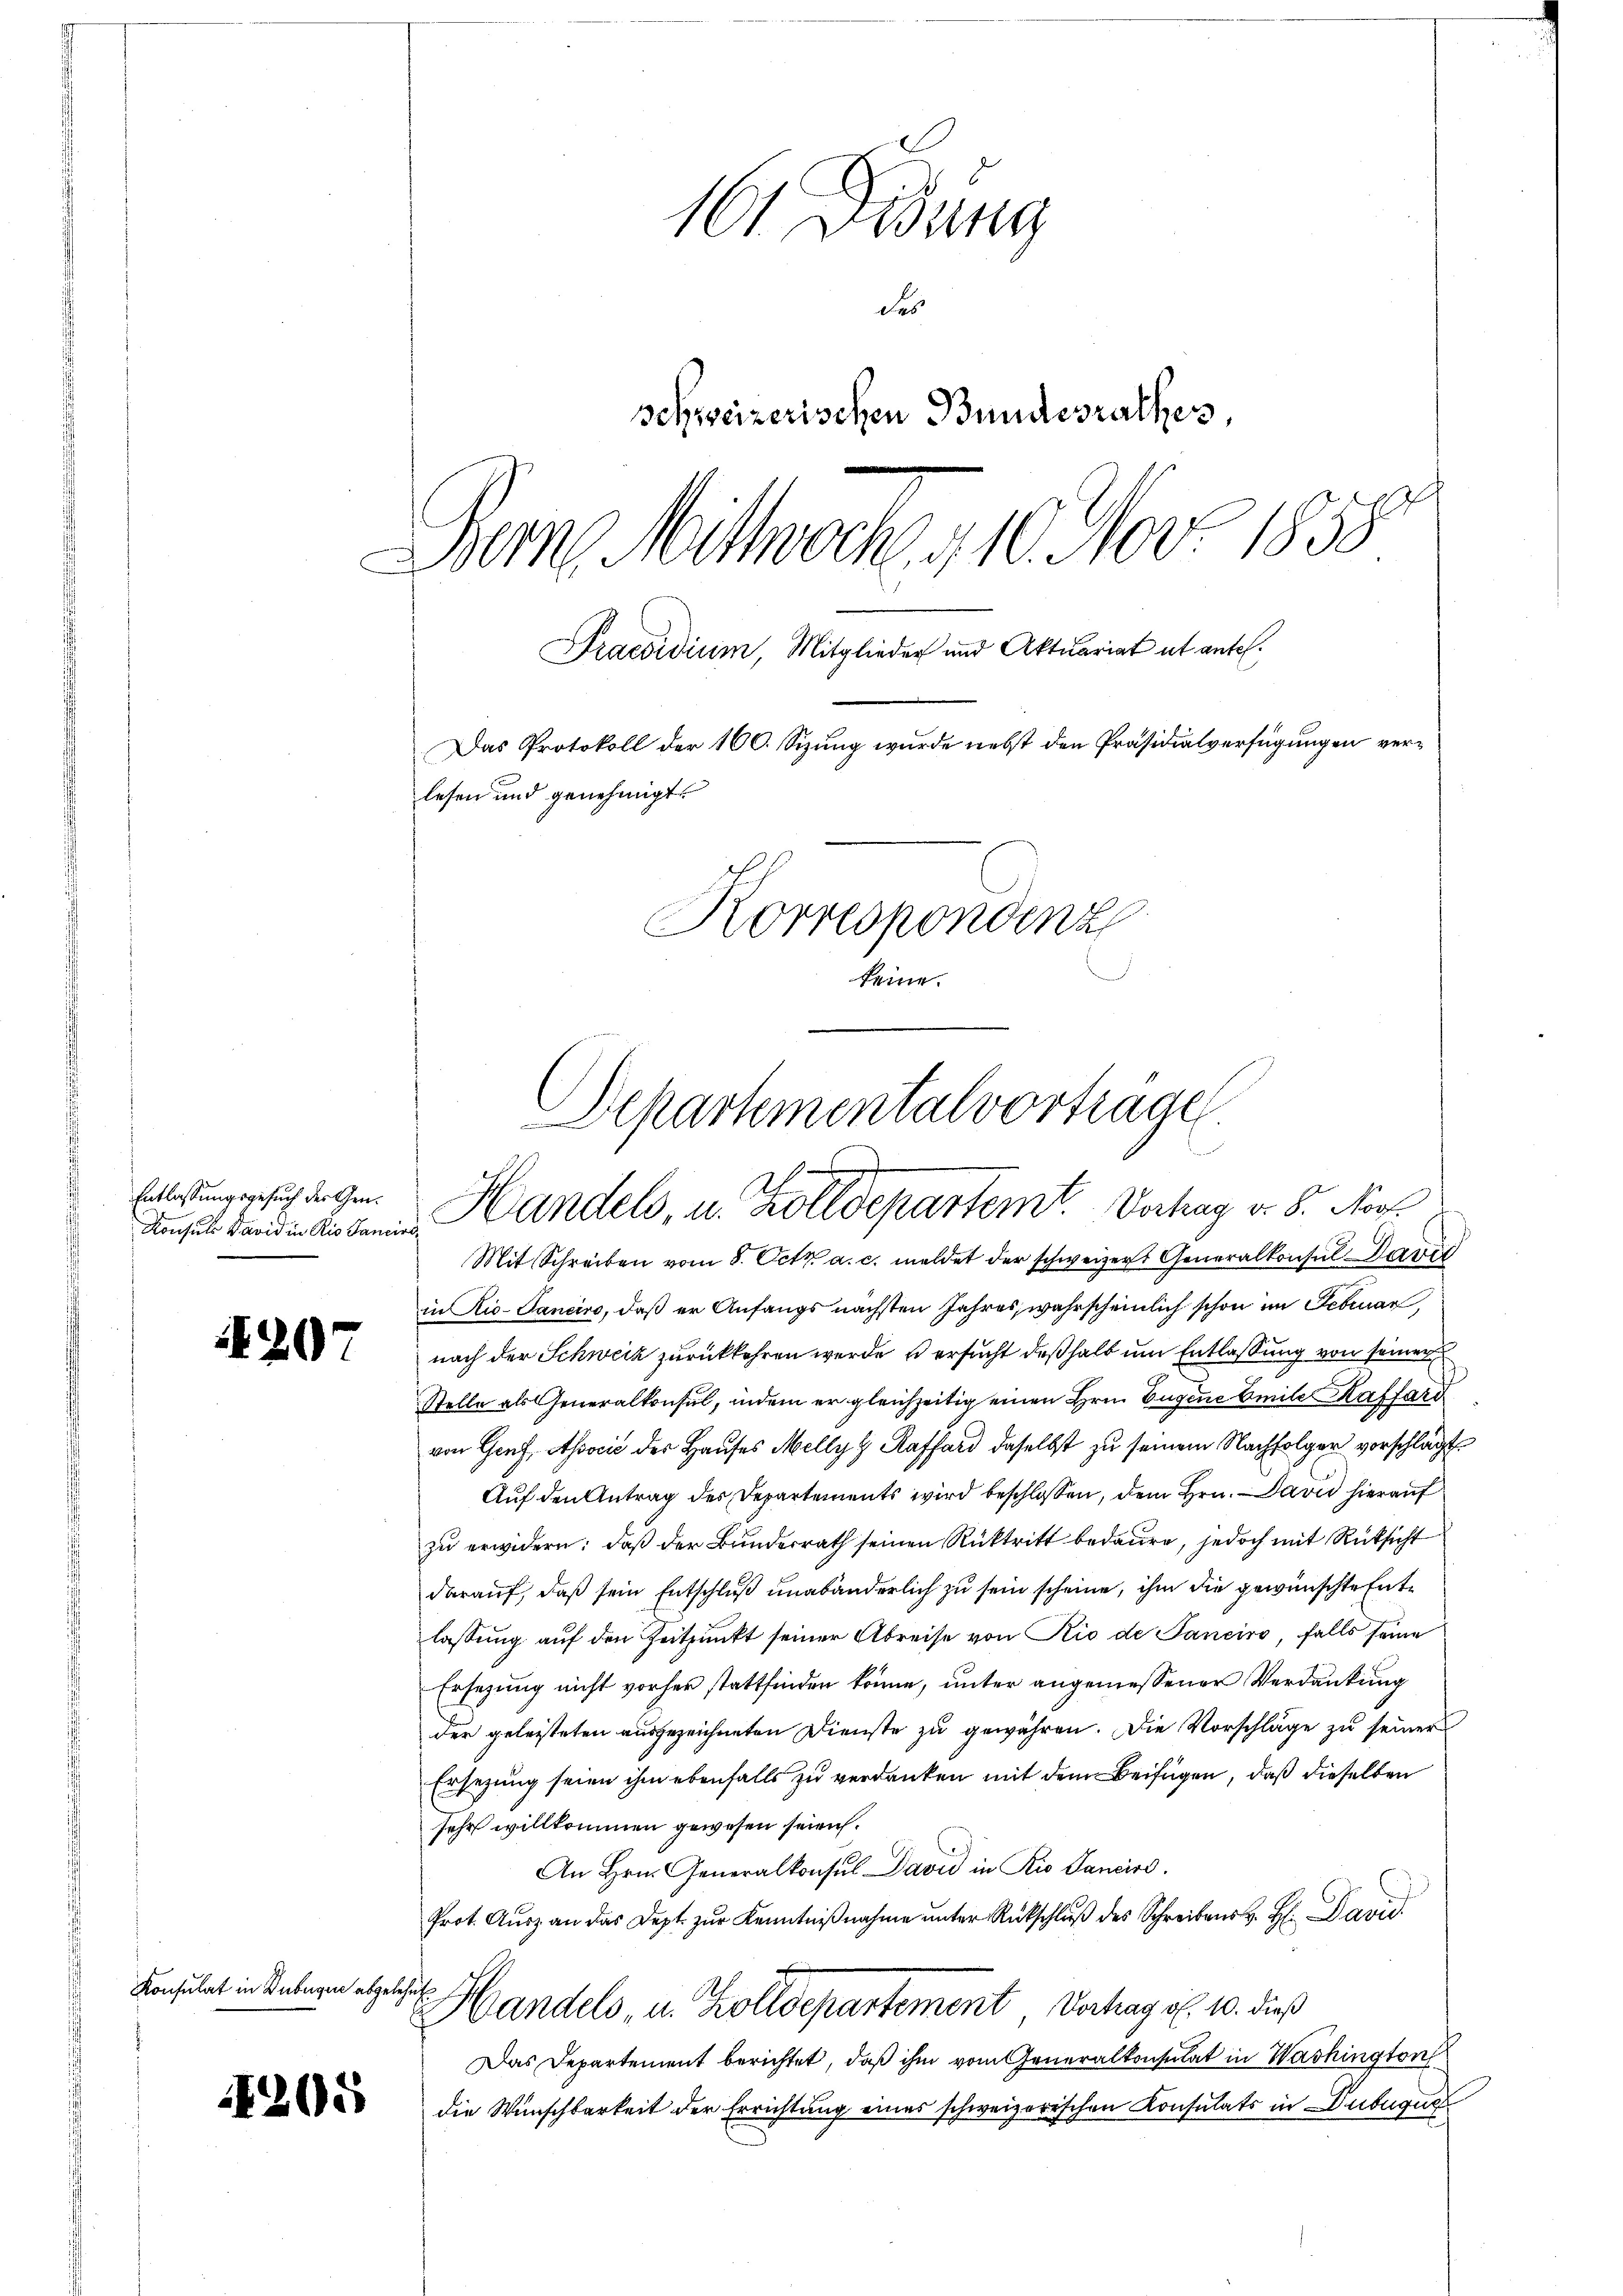
Entlassungsgesuch der Gen.
Konsuls David in Rio Sancirs¬

4207

Konsulat in Bubugue abgelehnt

1205

101 widung
1
schweizerischen Bundesrathes
Berne Mittwoche 410. Nov. 1853
Praesidium, Mitglieder und Aktuariat et antel.
Das Protokoll der 100. Sizung wurde nebst den Präsidialverfügungen verlesen und genehmigt.
Korrespondenz
keine.

Mit Schreiben vom 8. Oct. a. c. meldet der schweizer Generalkonsul Davit
in Rio-Panciro, daß er Anfangs nächsten Jahres, wahrscheinlich schon im Februar
nach der Schweiz zurückkehren werde, so ersucht deßhalb um Entlassung von seiner
Stelle als Generalkonsul, indem er gleichzeitig einen Hrn. Eugene beile Kaffard
von Genf, Associć der Hauses Melly Raffard daselbst zu seinem Nachfolger vorschlägt
Auf den Antrag des Departements wird beschlossen, dem Hrn. David hierauf
zu erwidern; daß der Bundesrath seinen Rücktritt bedaure, jedoch mit Rücksicht
darauf, daß sein Entschluß unabänderlich zu sein scheine, ihm die gewünschte Entlassung auf den Zeitpunkt seiner Abreise von Rio de Sanciro, falls seine
Ersezung nicht vorher stattfinden könne, unter angemessener Verdankung
der geleisteten ausgezeichneten Dienste zu gewähren. Die Vorschläge zu seiner
Ersezung seien ihm ebenfalls zu verdanken mit dem Beifügen, daß dieselben
sehr willkommen gewesen seien.
An Hrn. Generalkonsul David in Rio Sancire.
Prot. Aŭsz an das Dept. zŭr Kenntniβnahme unter Rückschlŭβ des Schreibens v. H. David
Handels, u. Zolldepartement Verhagol. 10. dieß
Das Departement berichtet, daß ihm vom Generalkonsulat in Washington
die Wunschbarkeit der Errichtung eines schweizerischen Konsulats in Dubugust

Departementalvorträgen.
Handels, u. Zolldepartemt. Verhag v. 8. Nov.